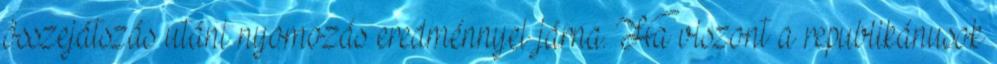
összejátszás utáni nyomozás eredménnyel járna. Ha viszont a republikánusok